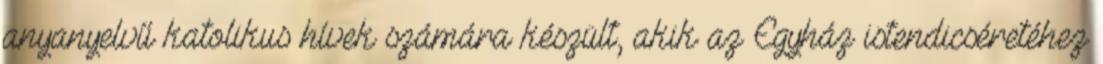
anyanyelvű katolikus hívek számára készült, akik az Egyház istendicséretéhez